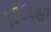
૧૭૮૬થી